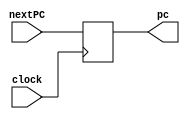
/*
UFRPE - Universidade Federal Rural de Pernambuco
DC - Bacharelado em Cincia da Computao
Arquitetura e Organizao de Computadores - 2022.2

Projeto 02 - Implementao de MIPS (subconjunto da ISA) em Verilog

Aluno(s): Arthur Macedo, Aildson Ferreira
*/

// Program Counter
module PC (
	input clock,       	// Sinal de Clock
	input [31:0] nextPC,	// Endereo que vai ser escrito no PC
	output reg [31:0] pc	// Valor armazenado no PC
);

	always @(posedge clock) begin	// Sempre que o Clock estiver na borda de subida, atualiza o valor do PC
		pc <= nextPC;
	end

endmodule